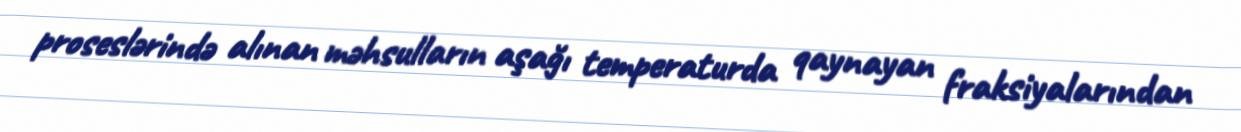
proseslərində alınan məhsulların aşağı temperaturda qaynayan fraksiyalarından